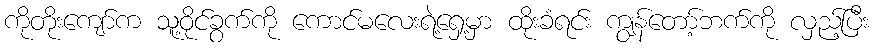
ကိုတိုးကျော်က သူ့ဝိုင်ခွက်ကို ကောင်မလေးရဲ့ရှေ့မှာ ထိုးခံရင်း ကျွန်တော့်ဘက်ကို လှည့်ပြီး